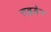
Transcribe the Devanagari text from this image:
रुह्लबेन